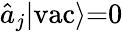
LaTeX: \hat{a}_{j}|\textrm{vac}\rangle{=}0